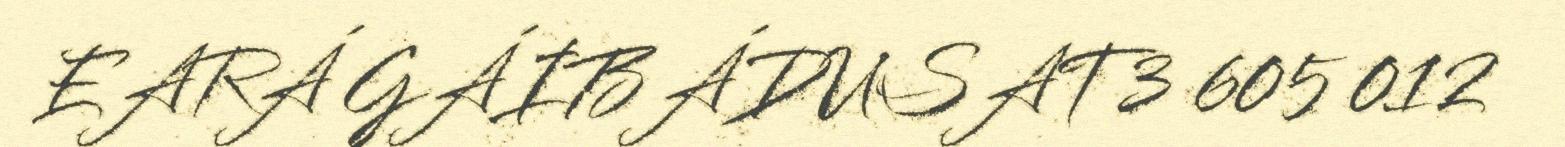
EARÁ GÁIBÁDUSAT3 605 012